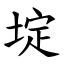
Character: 埞